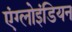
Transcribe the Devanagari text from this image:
एंग्लोइंडियन